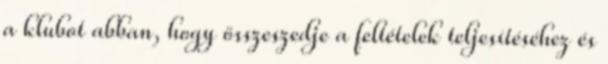
a klubot abban, hogy összeszedje a feltételek teljesítéséhez és